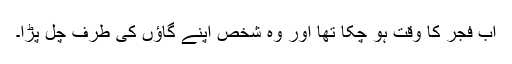
اب فجر کا وقت ہو چکا تھا اور وہ شخص اپنے گاؤں کی طرف چل پڑا۔